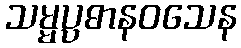
သမ္မပ္ပဓာနဝသေန